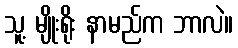
သူ့ မျိုးရိုး နာမည်က ဘာလဲ။